Civil Veterinary Department Bihar & Orissa reports 1929-36 - 1929-1936
Year: 1929
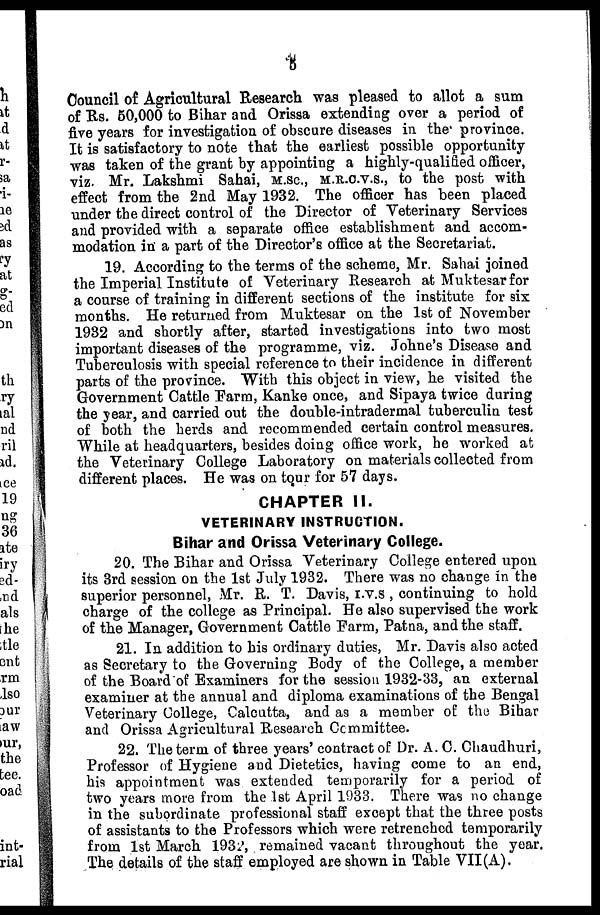
5
Council of Agricultural Research was pleased to allot a sum
of Rs. 50,000 to Bihar and Orissa extending over a period of
five years for investigation of obscure diseases in the province.
It is satisfactory to note that the earliest possible opportunity
was taken of the grant by appointing a highly-qualified officer,
viz. Mr. Lakshmi Sahai, M.SC, M.R.C.V.S., to the post with
effect from the 2nd May 1932. The officer has been placed
under the direct control of the Director of Veterinary Services
and provided with a separate office establishment and accom-
modation in a part of the Director's office at the Secretariat.
19. According to the terms of the scheme, Mr. Sahai joined
the Imperial Institute of Veterinary Research at Muktesar for
a course of training in different sections of the institute for six
months. He returned from Muktesar on the 1st of November
1932 and shortly after, started investigations into two most
important diseases of the programme, viz. Johne's Disease and
Tuberculosis with special reference to their incidence in different
parts of the province. With this object in view, he visited the
Government Cattle Farm, Kanke once, and Sipaya twice during
the year, and carried out the double-intradermal tuberculin test
of both the herds and recommended certain control measures.
While at headquarters, besides doing office work, he worked at
the Veterinary College Laboratory on materials collected from
different places. He was on tour for 57 days.
CHAPTER II.
VETERINARY INSTRUCTION.
Bihar and Orissa Veterinary College.
20. The Bihar and Orissa Veterinary College entered upon
its 3rd session on the 1st July 1932. There was no change in the
superior personnel, Mr. R. T. Davis, I.V.S, continuing to hold
charge of the college as Principal. He also supervised the work
of the Manager, Government Cattle Farm, Patna, and the staff.
21. In addition to his ordinary duties, Mr. Davis also acted
as Secretary to the Governing Body of the College, a member
of the Board of Examiners for the session 1932-33, an external
examiner at the annual and diploma examinations of the Bengal
Veterinary College, Calcutta, and as a member of the Bihar
and Orissa Agricultural Research Committee.
22. The term of three years' contract of Dr. A. C. Chaudhuri,
Professor of Hygiene and Dietetics, having come to an end,
his appointment was extended temporarily for a period of
two years more from the 1st April 1933. There was no change
in the subordinate professional staff except that the three posts
of assistants to the Professors which were retrenched temporarily
from 1st March 1932, remained vacant throughout the year.
The details of the staff employed are shown in Table VII(A).